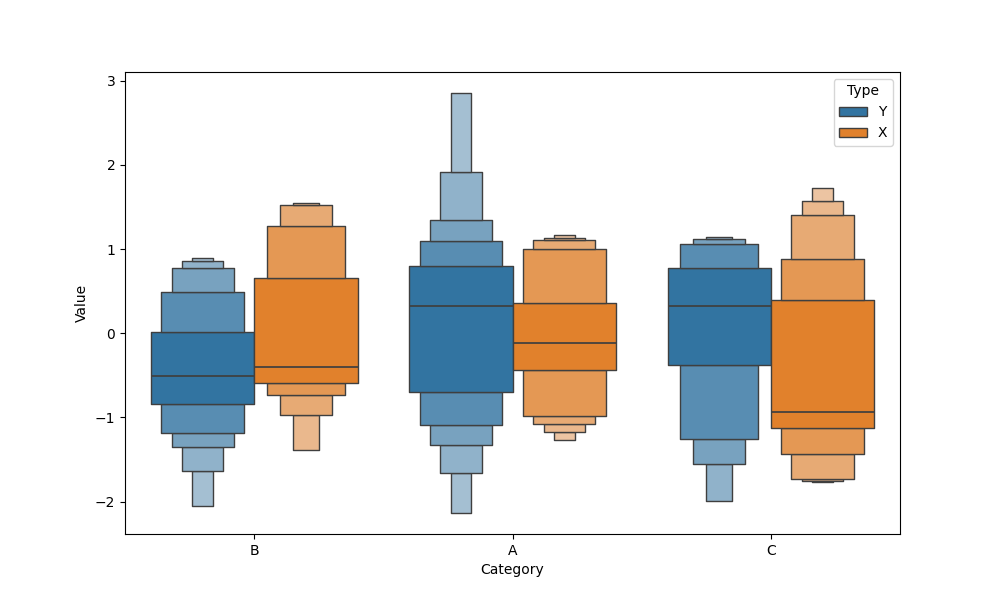
python, seaborn, boxenplot, k_depth='full', linewidth=1, scale='linear', outlier_prop=0.2, showfliers=False